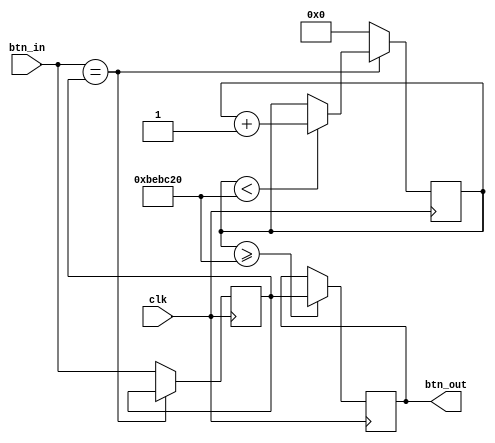
`timescale 1ns / 1ps

module debouncer #(
    parameter DEBOUNCE_TIME = 32'd12_500_000
) (
    output reg btn_out,
    input wire btn_in,
    input wire clk
);

    reg [31:0] counter = 0;
    reg btn_stable = 0;
    
    always @(posedge clk) begin
        if (btn_in == btn_stable) begin
            if (counter < DEBOUNCE_TIME) counter <= counter + 1;
        end else begin
            counter <= 0;
            btn_stable <= btn_in;
        end

        if (counter >= DEBOUNCE_TIME) btn_out <= btn_stable;
    end

endmodule